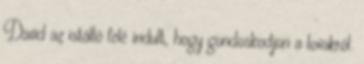
David az istálló felé indult, hogy gondoskodjon a lovakról.